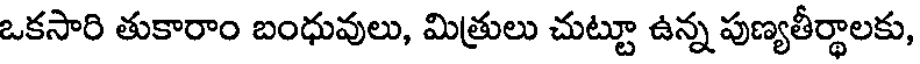
ఒకసారి తుకారాం బంధువులు, మిత్రులు చుట్టూ ఉన్న పుణ్యతీర్థాలకు,